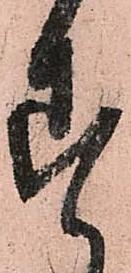
す